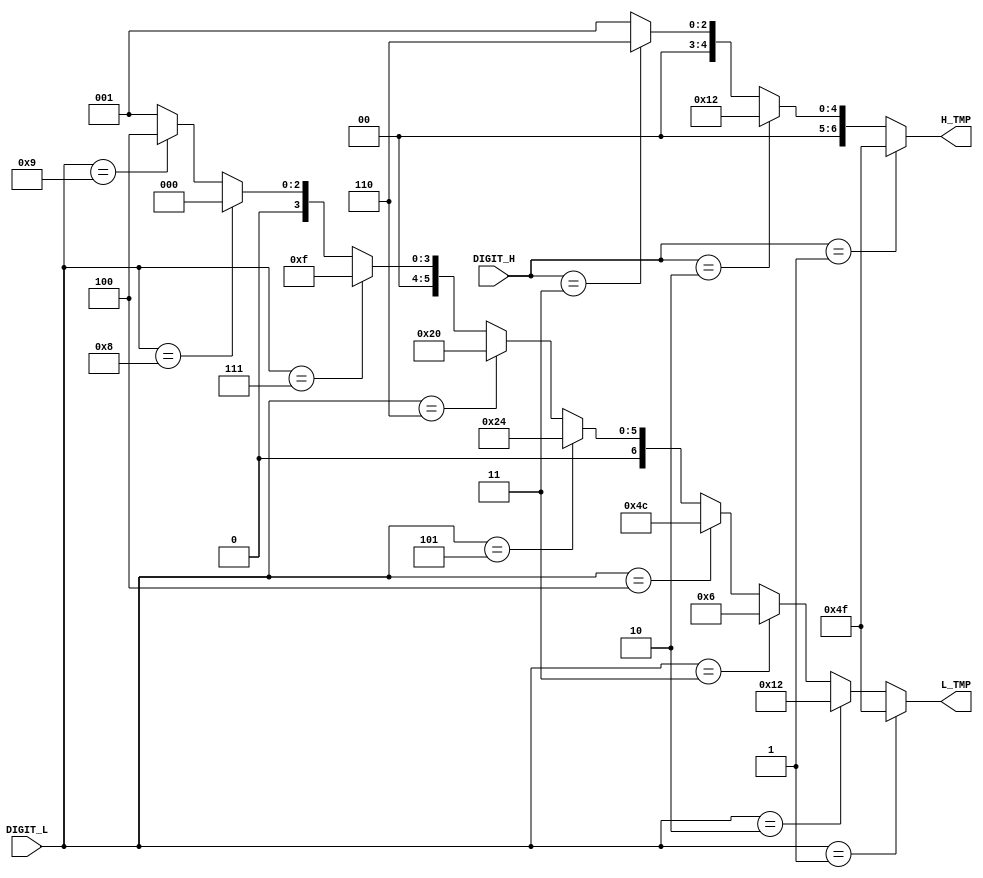
// (c) Aldec, Inc.
// All rights reserved.
//
// $Revision: 180634 $

`timescale 1ps / 1ps

// Verilog model for double BCD digits to 7-Segment Displays, with turn off Displays
module BCD2LED_V (DIGIT_H, DIGIT_L, H_TMP, L_TMP);
input  [1:0]DIGIT_H;
input  [3:0]DIGIT_L;
output [6:0]H_TMP;
output [6:0]L_TMP;

// auxiliary signals declaration
wire [6:0]L_TMP, H_TMP;

// segment encoding
//        0
//       ---
//    5 |   | 1
//       ---     <- 6
//    4 |   | 2
//       ---
//        3

assign L_TMP = (DIGIT_L == 4'b0001) ? 7'b1001111 :     // 1
               (DIGIT_L == 4'b0010) ? 7'b0010010 :     // 2
               (DIGIT_L == 4'b0011) ? 7'b0000110 :     // 3
               (DIGIT_L == 4'b0100) ? 7'b1001100 :     // 4
               (DIGIT_L == 4'b0101) ? 7'b0100100 :     // 5
               (DIGIT_L == 4'b0110) ? 7'b0100000 :     // 6
               (DIGIT_L == 4'b0111) ? 7'b0001111 :     // 7
               (DIGIT_L == 4'b1000) ? 7'b0000000 :     // 8
               (DIGIT_L == 4'b1001) ? 7'b0000100 :     // 9
               7'b0000001;                           // 0

assign H_TMP = (DIGIT_H == 2'b01) ? 7'b1001111 :  // 1
               (DIGIT_H == 2'b10) ? 7'b0010010 :  // 2
               (DIGIT_H == 2'b11) ? 7'b0000110 :  // 3
               7'b0000001;                        // 0


endmodule